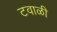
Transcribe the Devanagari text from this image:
टवाळी